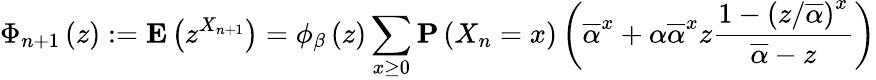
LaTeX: \Phi_{n+1}\left(z\right):={\mathbf E}\left(z^{X_{n+1}}\right)=\phi_{\beta}\left(z\right)\sum_{x\geq 0}{\mathbf P}\left(X_{n}=x\right)\left(\overline{{\alpha}}^{x}+\alpha\overline{{\alpha}}^{x}z\frac{1-\left(z/\overline{{\alpha}}\right)^{x}}{\overline{{\alpha}}-z}\right)